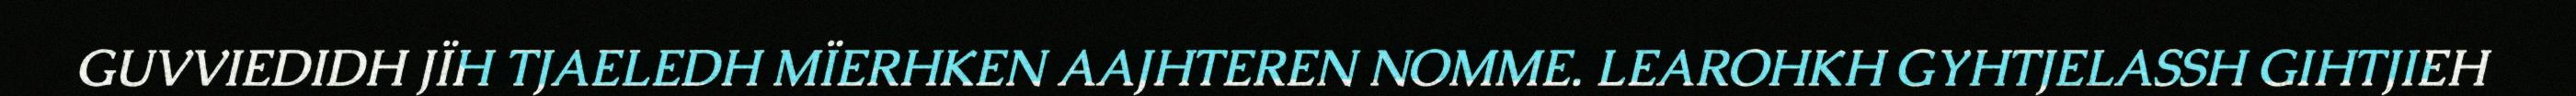
GUVVIEDIDH JÏH TJAELEDH MÏERHKEN AAJHTEREN NOMME. LEAROHKH GYHTJELASSH GIHTJIEH